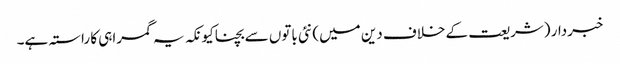
خبردار (شریعت کے خلاف دین میں) نئی باتوں سے بچنا کیونکہ یہ گمراہی کا راستہ ہے۔